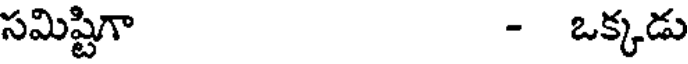
సమిష్టిగా - ఒక్కడు